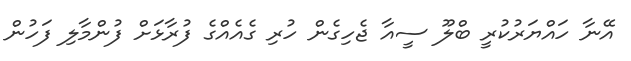
އޭނާ ހައްޔަރުކުރީ ބްލޫ ސީއާ ޖެހިގެން ހުރި ގެއެއްގެ ފުރާޅަށް ފުންމާލި ފަހުން